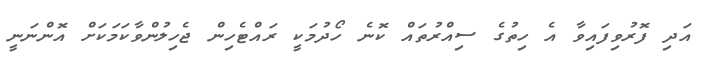
އަދި ފޮރުވިފައިވާ އެ ހިތުގެ ސިއްރުތައް ކޮނެ ހޯދުމަކީ ރައްޓެހިން ޖެހިލުންވާކަމަކަށް އޮންނަނީ